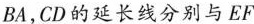
BA，CD的延长线分别与EF